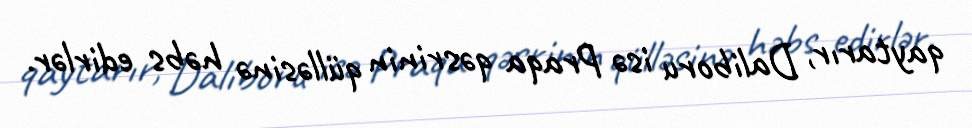
qaytarır, Daliboru isə Praqa qəsrinin qülləsinə həbs edirlər.